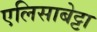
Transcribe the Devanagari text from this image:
एलिसाबेट्टा